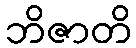
ဘိဇာတိ